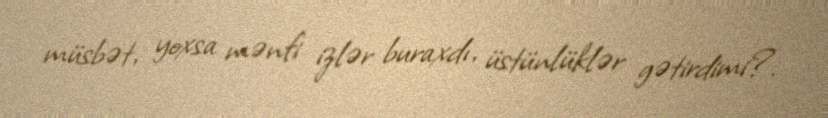
müsbət, yoxsa mənfi izlər buraxdı, üstünlüklər gətirdimi?.